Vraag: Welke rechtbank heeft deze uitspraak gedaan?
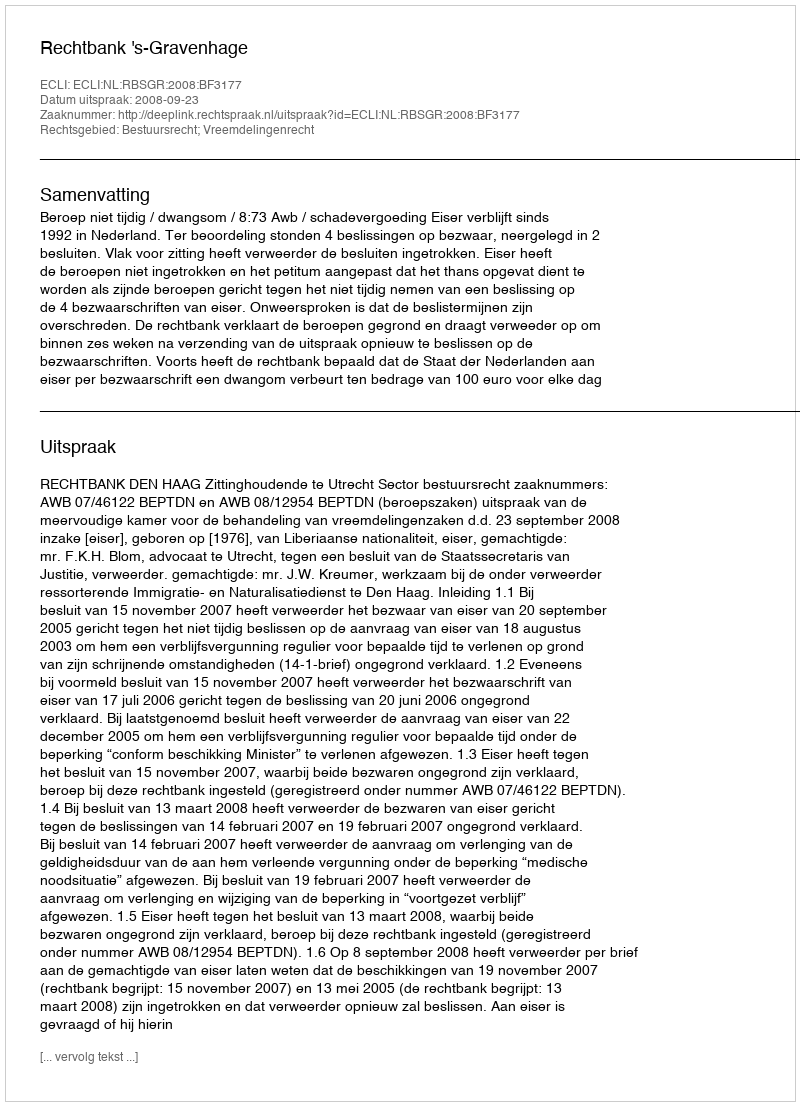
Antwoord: Rechtbank 's-Gravenhage